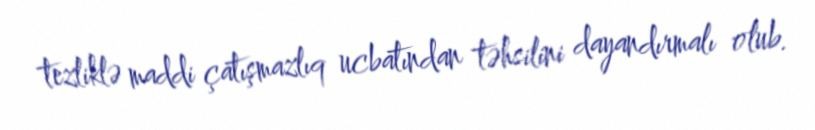
tezliklə maddi çatışmazlıq ucbatından təhsilini dayandırmalı olub.